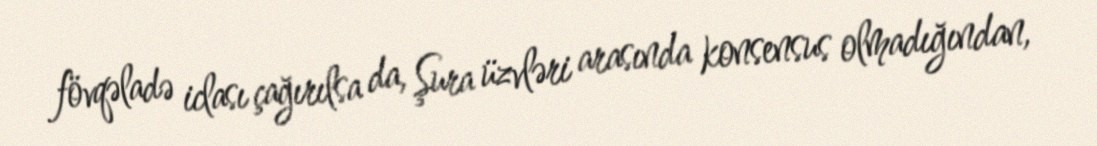
fövqəladə iclası çağırılsa da, Şura üzvləri arasında konsensus olmadığından,